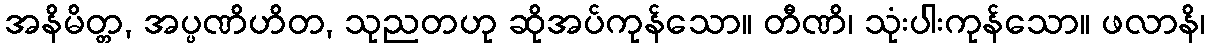
အနိမိတ္တ, အပ္ပဏိဟိတ, သုညတဟု ဆိုအပ်ကုန်သော။ တီဏိ၊ သုံးပါးကုန်သော။ ဖလာနိ၊